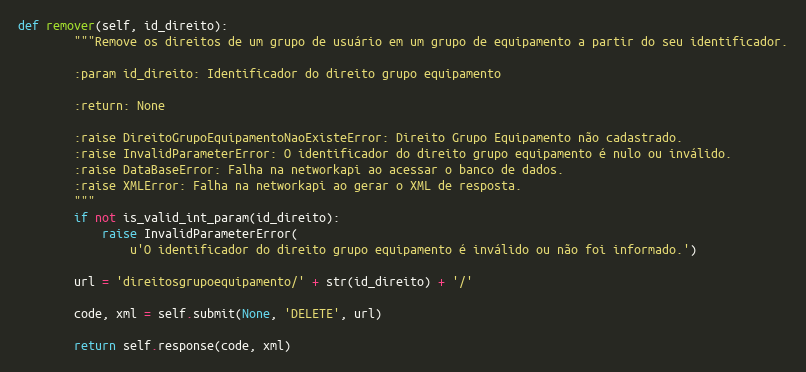
Language: Python
def remover(self, id_direito):
        """Remove os direitos de um grupo de usuário em um grupo de equipamento a partir do seu identificador.

        :param id_direito: Identificador do direito grupo equipamento

        :return: None

        :raise DireitoGrupoEquipamentoNaoExisteError: Direito Grupo Equipamento não cadastrado.
        :raise InvalidParameterError: O identificador do direito grupo equipamento é nulo ou inválido.
        :raise DataBaseError: Falha na networkapi ao acessar o banco de dados.
        :raise XMLError: Falha na networkapi ao gerar o XML de resposta.
        """
        if not is_valid_int_param(id_direito):
            raise InvalidParameterError(
                u'O identificador do direito grupo equipamento é inválido ou não foi informado.')

        url = 'direitosgrupoequipamento/' + str(id_direito) + '/'

        code, xml = self.submit(None, 'DELETE', url)

        return self.response(code, xml)